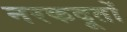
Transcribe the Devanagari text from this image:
नरकदूतों